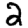
Digit: 2